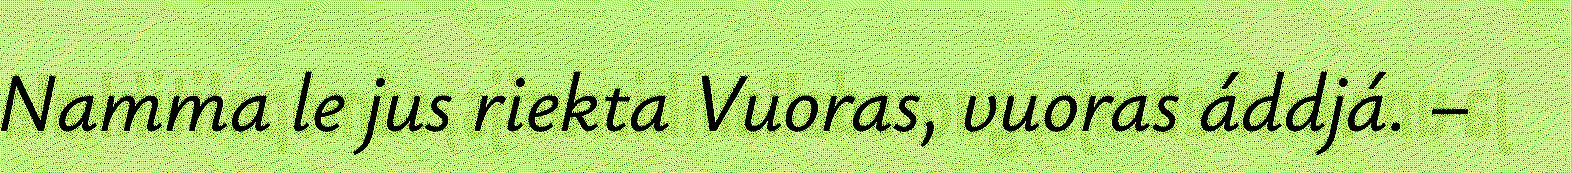
Namma le jus riekta Vuoras, vuoras áddjá. –